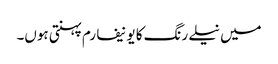
میں نیلے رنگ کا یونیفارم پہنتی ہوں۔